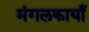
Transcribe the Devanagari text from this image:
मंगलकायाँ